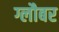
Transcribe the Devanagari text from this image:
ग्लौबर